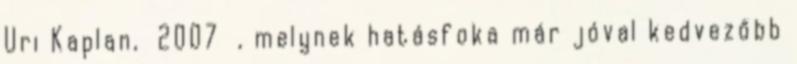
Uri Kaplan, 2007 , melynek hatásfoka már jóval kedvezőbb